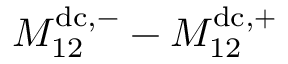
M _ { 1 2 } ^ { \mathrm { d c } , - } - M _ { 1 2 } ^ { \mathrm { d c } , + }